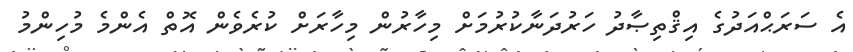
އެ ސަރަޙްއަދުގެ އިޤްތިޞާދު ހަރުދަނާކުރުމަށް މިހާރުން މިހާރަށް ކުރެވެން އޮތް އެންމެ މުހިންމު